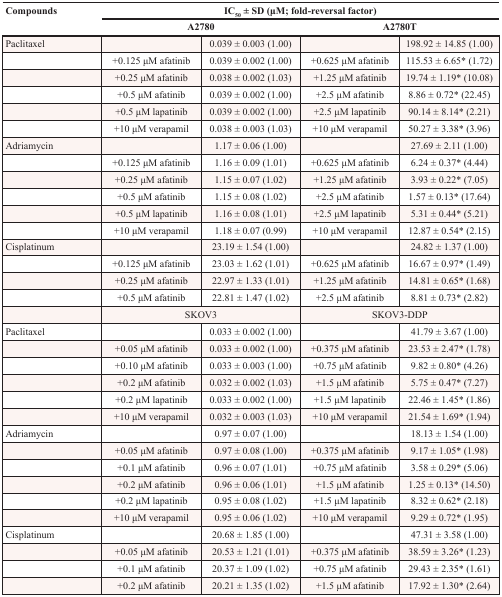
<table><thead><tr><td><b>Compounds</b></td><td colspan="4"><b>IC<sub>50</sub> ± SD (μM; fold-reversal factor)</b></td></tr><tr><td></td><td colspan="2"><b>A2780</b></td><td colspan="2"><b>A2780T</b></td></tr></thead><tbody><tr><td>Paclitaxel</td><td></td><td>0.039 ± 0.003 (1.00)</td><td></td><td>198.92 ± 14.85 (1.00)</td></tr><tr><td></td><td>+0.125 μM afatinib</td><td>0.039 ± 0.002 (1.00)</td><td>+0.625 μM afatinib</td><td>115.53 ± 6.65* (1.72)</td></tr><tr><td></td><td>+0.25 μM afatinib</td><td>0.038 ± 0.002 (1.03)</td><td>+1.25 μM afatinib</td><td>19.74 ± 1.19* (10.08)</td></tr><tr><td></td><td>+0.5 μM afatinib</td><td>0.039 ± 0.002 (1.00)</td><td>+2.5 μM afatinib</td><td>8.86 ± 0.72* (22.45)</td></tr><tr><td></td><td>+0.5 μM lapatinib</td><td>0.039 ± 0.002 (1.00)</td><td>+2.5 μM lapatinib</td><td>90.14 ± 8.14* (2.21)</td></tr><tr><td></td><td>+10 μM verapamil</td><td>0.038 ± 0.003 (1.03)</td><td>+10 μM verapamil</td><td>50.27 ± 3.38* (3.96)</td></tr><tr><td>Adriamycin</td><td></td><td>1.17 ± 0.06 (1.00)</td><td></td><td>27.69 ± 2.11 (1.00)</td></tr><tr><td></td><td>+0.125 μM afatinib</td><td>1.16 ± 0.09 (1.01)</td><td>+0.625 μM afatinib</td><td>6.24 ± 0.37* (4.44)</td></tr><tr><td></td><td>+0.25 μM afatinib</td><td>1.15 ± 0.07 (1.02)</td><td>+1.25 μM afatinib</td><td>3.93 ± 0.22* (7.05)</td></tr><tr><td></td><td>+0.5 μM afatinib</td><td>1.15 ± 0.08 (1.02)</td><td>+2.5 μM afatinib</td><td>1.57 ± 0.13* (17.64)</td></tr><tr><td></td><td>+0.5 μM lapatinib</td><td>1.16 ± 0.08 (1.01)</td><td>+2.5 μM lapatinib</td><td>5.31 ± 0.44* (5.21)</td></tr><tr><td></td><td>+10 μM verapamil</td><td>1.18 ± 0.07 (0.99)</td><td>+10 μM verapamil</td><td>12.87 ± 0.54* (2.15)</td></tr><tr><td>Cisplatinum</td><td></td><td>23.19 ± 1.54 (1.00)</td><td></td><td>24.82 ± 1.37 (1.00)</td></tr><tr><td></td><td>+0.125 μM afatinib</td><td>23.03 ± 1.62 (1.01)</td><td>+0.625 μM afatinib</td><td>16.67 ± 0.97* (1.49)</td></tr><tr><td></td><td>+0.25 μM afatinib</td><td>22.97 ± 1.33 (1.01)</td><td>+1.25 μM afatinib</td><td>14.81 ± 0.65* (1.68)</td></tr><tr><td></td><td>+0.5 μM afatinib</td><td>22.81 ± 1.47 (1.02)</td><td>+2.5 μM afatinib</td><td>8.81 ± 0.73* (2.82)</td></tr><tr><td></td><td colspan="2">SKOV3</td><td colspan="2">SKOV3-DDP</td></tr><tr><td>Paclitaxel</td><td></td><td>0.033 ± 0.002 (1.00)</td><td></td><td>41.79 ± 3.67 (1.00)</td></tr><tr><td></td><td>+0.05 μM afatinib</td><td>0.033 ± 0.002 (1.00)</td><td>+0.375 μM afatinib</td><td>23.53 ± 2.47* (1.78)</td></tr><tr><td></td><td>+0.10 μM afatinib</td><td>0.033 ± 0.003 (1.00)</td><td>+0.75 μM afatinib</td><td>9.82 ± 0.80* (4.26)</td></tr><tr><td></td><td>+0.2 μM afatinib</td><td>0.032 ± 0.002 (1.03)</td><td>+1.5 μM afatinib</td><td>5.75 ± 0.47* (7.27)</td></tr><tr><td></td><td>+0.2 μM lapatinib</td><td>0.033 ± 0.002 (1.00)</td><td>+1.5 μM lapatinib</td><td>22.46 ± 1.45* (1.86)</td></tr><tr><td></td><td>+10 μM verapamil</td><td>0.032 ± 0.003 (1.03)</td><td>+10 μM verapamil</td><td>21.54 ± 1.69* (1.94)</td></tr><tr><td>Adriamycin</td><td></td><td>0.97 ± 0.07 (1.00)</td><td></td><td>18.13 ± 1.54 (1.00)</td></tr><tr><td></td><td>+0.05 μM afatinib</td><td>0.97 ± 0.08 (1.00)</td><td>+0.375 μM afatinib</td><td>9.17 ± 1.05* (1.98)</td></tr><tr><td></td><td>+0.1 μM afatinib</td><td>0.96 ± 0.07 (1.01)</td><td>+0.75 μM afatinib</td><td>3.58 ± 0.29* (5.06)</td></tr><tr><td></td><td>+0.2 μM afatinib</td><td>0.96 ± 0.06 (1.01)</td><td>+1.5 μM afatinib</td><td>1.25 ± 0.13* (14.50)</td></tr><tr><td></td><td>+0.2 μM lapatinib</td><td>0.95 ± 0.08 (1.02)</td><td>+1.5 μM lapatinib</td><td>8.32 ± 0.62* (2.18)</td></tr><tr><td></td><td>+10 μM verapamil</td><td>0.95 ± 0.06 (1.02)</td><td>+10 μM verapamil</td><td>9.29 ± 0.72* (1.95)</td></tr><tr><td>Cisplatinum</td><td></td><td>20.68 ± 1.85 (1.00)</td><td></td><td>47.31 ± 3.58 (1.00)</td></tr><tr><td></td><td>+0.05 μM afatinib</td><td>20.53 ± 1.21 (1.01)</td><td>+0.375 μM afatinib</td><td>38.59 ± 3.26* (1.23)</td></tr><tr><td></td><td>+0.1 μM afatinib</td><td>20.37 ± 1.09 (1.02)</td><td>+0.75 μM afatinib</td><td>29.43 ± 2.35* (1.61)</td></tr><tr><td></td><td>+0.2 μM afatinib</td><td>20.21 ± 1.35 (1.02)</td><td>+1.5 μM afatinib</td><td>17.92 ± 1.30* (2.64)</td></tr></tbody></table>